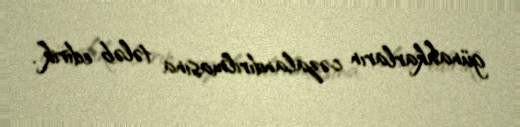
günahkarların cəzalandırılmasına tələb edirik”.